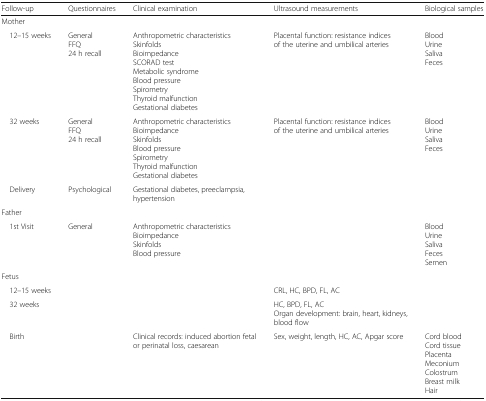
| Follow-up | Questionnaires | Clinical examination | Ultrasound measurements | Biological samples |
 | --- | --- | --- | --- | --- |
 | <COLSPAN=5> Mother |
 | 12–15 weeks | GeneralFFQ24 h recall | Anthropometric characteristicsSkinfoldsBioimpedanceSCORAD testMetabolic syndromeBlood pressureSpirometryThyroid malfunctionGestational diabetes | Placental function: resistance indices of the uterine and umbilical arteries | BloodUrineSalivaFeces |
 | 32 weeks | GeneralFFQ24 h recall | Anthropometric characteristicsBioimpedanceSkinfoldsBlood pressureSpirometryThyroid malfunctionGestational diabetes | Placental function: resistance indices of the uterine and umbilical arteries | BloodUrineSalivaFeces |
 | Delivery | Psychological | Gestational diabetes, preeclampsia, hypertension |  |  |
 | <COLSPAN=5> Father |
 | 1st Visit | General | Anthropometric characteristicsBioimpedanceSkinfoldsBlood pressure |  | BloodUrineSalivaFecesSemen |
 | <COLSPAN=5> Fetus |
 | 12–15 weeks |  |  | CRL, HC, BPD, FL, AC |  |
 | 32 weeks |  |  | HC, BPD, FL, ACOrgan development: brain, heart, kidneys, blood flow |  |
 | Birth |  | Clinical records: induced abortion fetal or perinatal loss, caesarean | Sex, weight, length, HC, AC, Apgar score | Cord bloodCord tissuePlacentaMeconiumColostrumBreast milkHair |